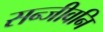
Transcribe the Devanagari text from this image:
सन्जीवनि